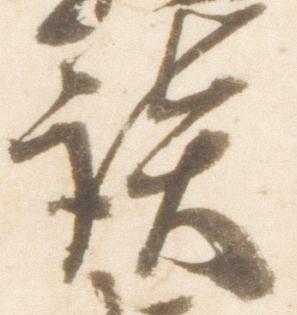
談